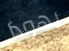
يهوذا